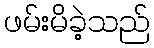
ဖမ်းမိခဲ့သည်